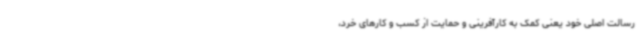
رسالت اصلی خود یعنی کمک به کارآفرینی و حمایت از کسب و کارهای خرد،